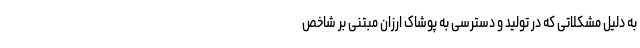
به دلیل مشکلاتی که در تولید و دسترسی به پوشاک ارزان مبتنی بر شاخص